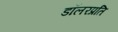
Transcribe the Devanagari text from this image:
डॉलरप्रति